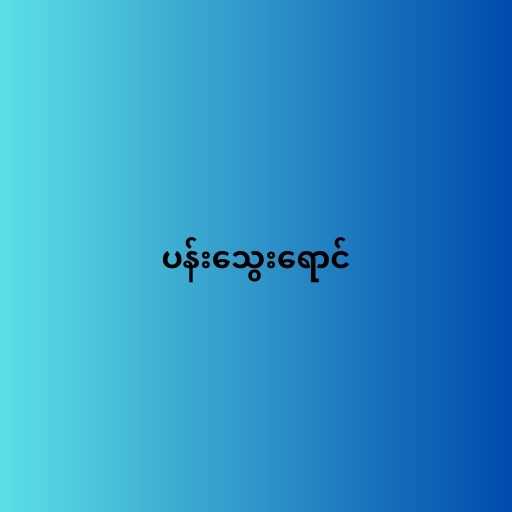
ပန်းသွေးရောင်